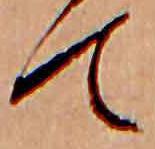
て